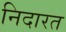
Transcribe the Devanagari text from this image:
निदारत